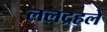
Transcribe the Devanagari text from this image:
ललद्रहले